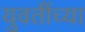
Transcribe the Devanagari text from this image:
युवतींच्या